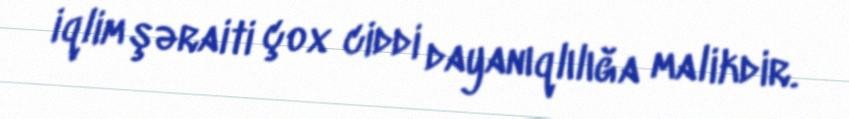
iqlim şəraiti çox ciddi dayanıqlılığa malikdir.